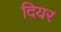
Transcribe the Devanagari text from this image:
दियर